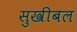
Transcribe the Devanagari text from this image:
सुखीबल